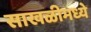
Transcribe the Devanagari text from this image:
साखळीमध्ये